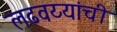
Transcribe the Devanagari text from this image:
लढवय्यांची